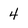
Character: 4